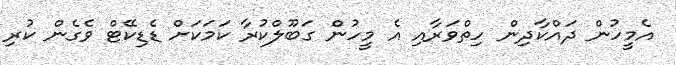
އެމީހުން ދައްކާދިން ހިތްވަރާއި އެ މީހުން ގަބޫލްކުރާ ކަމަކަށް ޑެޑިކޭޓް ވެގެން ކުރި